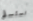
نستسلم